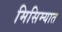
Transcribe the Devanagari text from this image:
मिसिम्यात